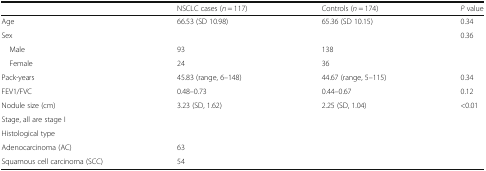
<table><thead><tr><td></td><td><b>NSCLC cases (<i>n</i> = 117)</b></td><td><b>Controls (<i>n</i> = 174)</b></td><td><b><i>P</i> value</b></td></tr></thead><tbody><tr><td>Age</td><td>66.53 (SD 10.98)</td><td>65.36 (SD 10.15)</td><td>0.34</td></tr><tr><td>Sex</td><td></td><td></td><td>0.36</td></tr><tr><td> Male</td><td>93</td><td>138</td><td></td></tr><tr><td> Female</td><td>24</td><td>36</td><td></td></tr><tr><td>Pack-years</td><td>45.83 (range, 6–148)</td><td>44.67 (range, 5–115)</td><td>0.34</td></tr><tr><td>FEV1/FVC</td><td>0.48–0.73</td><td>0.44–0.67</td><td>0.12</td></tr><tr><td>Nodule size (cm)</td><td>3.23 (SD, 1.62)</td><td>2.25 (SD, 1.04)</td><td>&lt;0.01</td></tr><tr><td>Stage, all are stage I</td><td></td><td></td><td></td></tr><tr><td>Histological type</td><td></td><td></td><td></td></tr><tr><td>Adenocarcinoma (AC)</td><td>63</td><td></td><td></td></tr><tr><td>Squamous cell carcinoma (SCC)</td><td>54</td><td></td><td></td></tr></tbody></table>